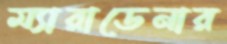
ম্যারাডেনার